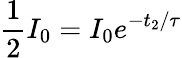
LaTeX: \frac{1}{2}I_{0}=I_{0}e^{-t_{2}/\tau}